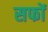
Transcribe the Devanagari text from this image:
सफों